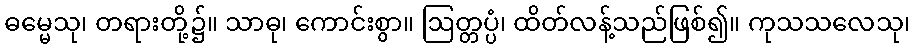
ဓမ္မေသု၊ တရားတို့၌။ သာဓု၊ ကောင်းစွာ။ ဩတ္တပ္ပံ၊ ထိတ်လန့်သည်ဖြစ်၍။ ကုသသလေသု၊